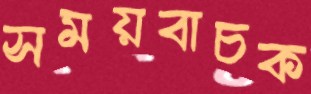
সময়বাচক